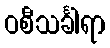
ဝစီသင်္ခါရာ